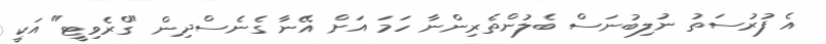
އެ ފުރުސަތު ނުލިބުނަސް ބެލުންތެރިންނާ ހަމަ އަށް އޭނާ ގެނެސްދިން "ގްރެވިޓީ" އަކީ